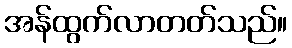
အန်ထွက်လာတတ်သည်။